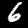
Digit: 6